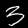
Digit: 3